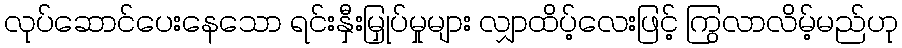
လုပ်ဆောင်ပေးနေသော ရင်းနှီးမြှုပ်မှုများ လျှာထိပ့်လေးဖြင့် ကြွလာလိမ့်မည်ဟု